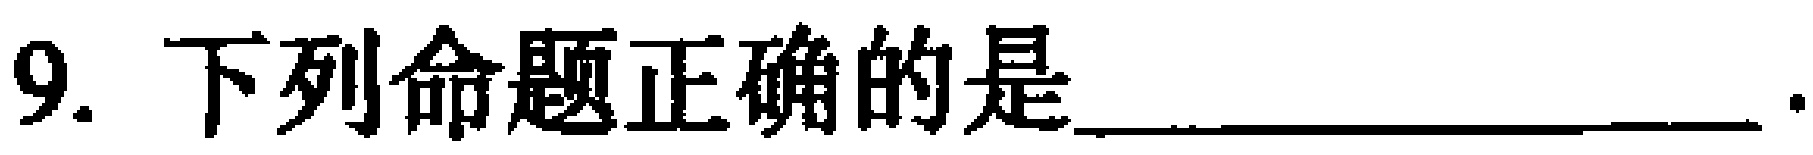
9. 下列命题正确的是_________________.